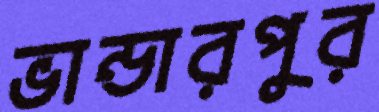
ভান্ডারপুর